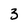
Character: 3